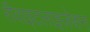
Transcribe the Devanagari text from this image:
रीवाइटलाइज़ेशन